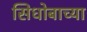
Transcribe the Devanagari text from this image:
सिधोबाच्या